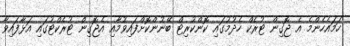
ހަމައެހެންމެ އެ ޖޮގިން ޓުރެކް ހެދުމުގައި ކޮންކުރިޓް ބޭނުންކޮށްފައިވުމާއި އެޖޮގިން ޓުރެކްޓުގައި އަޅާފައިވާ